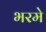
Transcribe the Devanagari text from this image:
भरमे